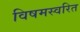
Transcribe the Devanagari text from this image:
विषमस्वरित